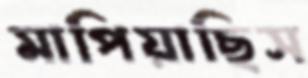
মাপিয়াছিস